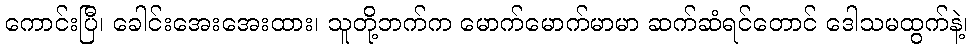
ကောင်းပြီ၊ ခေါင်းအေးအေးထား၊ သူတို့ဘက်က မောက်မောက်မာမာ ဆက်ဆံရင်တောင် ဒေါသမထွက်နဲ့၊